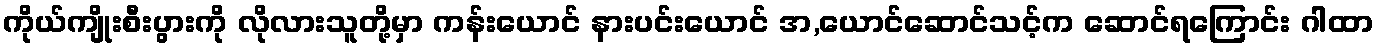
ကိုယ်ကျိုးစီးပွားကို လိုလားသူတို့မှာ ကန်းယောင် နားပင်းယောင် အ,ယောင်ဆောင်သင့်က ဆောင်ရကြောင်း ဂါထာ